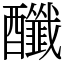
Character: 䤘